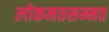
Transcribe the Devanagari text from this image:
लोकमतसम्मत